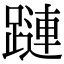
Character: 蹥